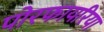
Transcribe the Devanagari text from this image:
पोरफायरिया